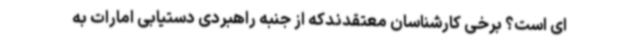
ای است؟ برخی کارشناسان معتقدندکه از جنبه راهبردی دستیابی امارات به